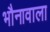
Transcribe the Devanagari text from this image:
भौनावाला